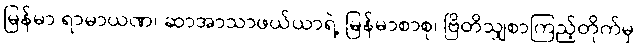
မြန်မာ ရာမာယဏ၊ ဆာအာသာဖယ်ယာရဲ့ မြန်မာစာစု၊ ဗြိတိသျှစာကြည့်တိုက်မှ